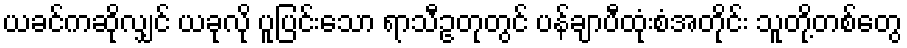
ယခင်ကဆိုလျှင် ယခုလို ပူပြင်းသော ရာသီဥတုတွင် ပန်ချာပီထုံးစံအတိုင်း သူတို့တစ်တွေ